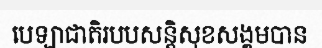
បេឡាជាតិរបបសន្តិសុខសង្គមបាន